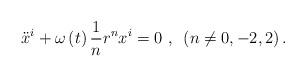
LaTeX: \begin{align*}\ddot{x}^{i}+\omega\left( t\right) \frac{1}{n}r^{n}x^{i}=0~,~\left(n\neq0,-2,2\right) . \end{align*}